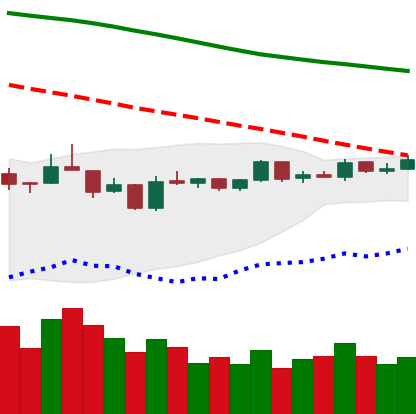
Ticker: EOS-USD
Chart end date: 2019-01-09
Forward return: -14.883%
Label: down_7plus